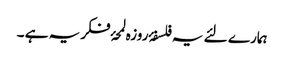
ہمارے لئے یہ فلسفۂ روزہ لمحۂ فکریہ ہے ۔